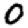
Digit: 0